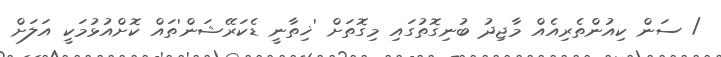
/ ސަން ކިއުންތެރިއެއް މާޖިދު ބުނިގޮތުގައި މިގޮތަށް 'ޚިތާނީ ޑެކަރޭޝަން'ތައް ކޮށްއުޅުމަކީ އަލަށް